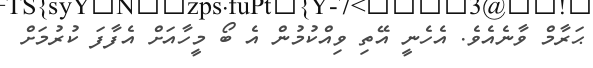
ޙަރާމް ވާނެއެވެ. އެހެނީ އޭތި ވިއްކުމުން އެ ބޯ މީހާއަށް އެފާފަ ކުރުމަށް